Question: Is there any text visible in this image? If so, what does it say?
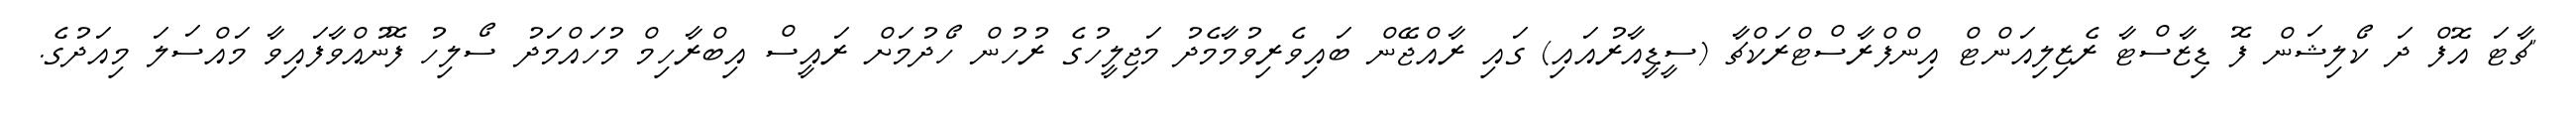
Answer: "ޗާޓަ އޮފް ދަ ކޯލިޝަން ފޮ ޑިޒާސްޓާ ރެޒިލިއަންޓް އިންފްރާސްޓްރަކްޗާ (ސީޑީއާރުއައި) ގައި ރާއްޖޭން ބައިވެރިވުމާމެދު މަޖިލީހުގެ ރުހުން ހޯދުމަށް ރައީސް އިބްރާހިމް މުހައްމަދު ސޯލިހު ފޮނުއްވާފައިވާ މައްސަލަ މިއަދުގެ.